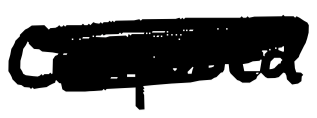
Text: composed
Cross-out: scratch
Writing tool: digital_black